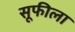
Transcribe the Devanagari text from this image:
सूफीला